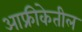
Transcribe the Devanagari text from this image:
आफ्रीकेतील